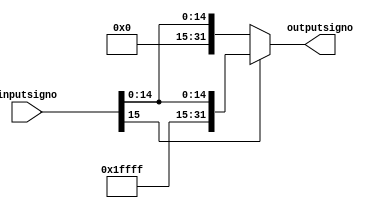
module extendersigno(
	input[15:0]inputsigno,
	output reg[31:0]outputsigno
);

	always@*
	begin
		if (inputsigno[15]==0)
			begin
            outputsigno = {16'b0000000000000000,inputsigno[15:0]};
			end
		else
			begin
            outputsigno = {16'b1111111111111111,inputsigno[15:0]};
			end
	end
endmodule